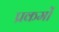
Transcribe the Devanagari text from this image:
प्रकमों